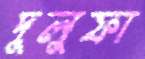
দুলুফা